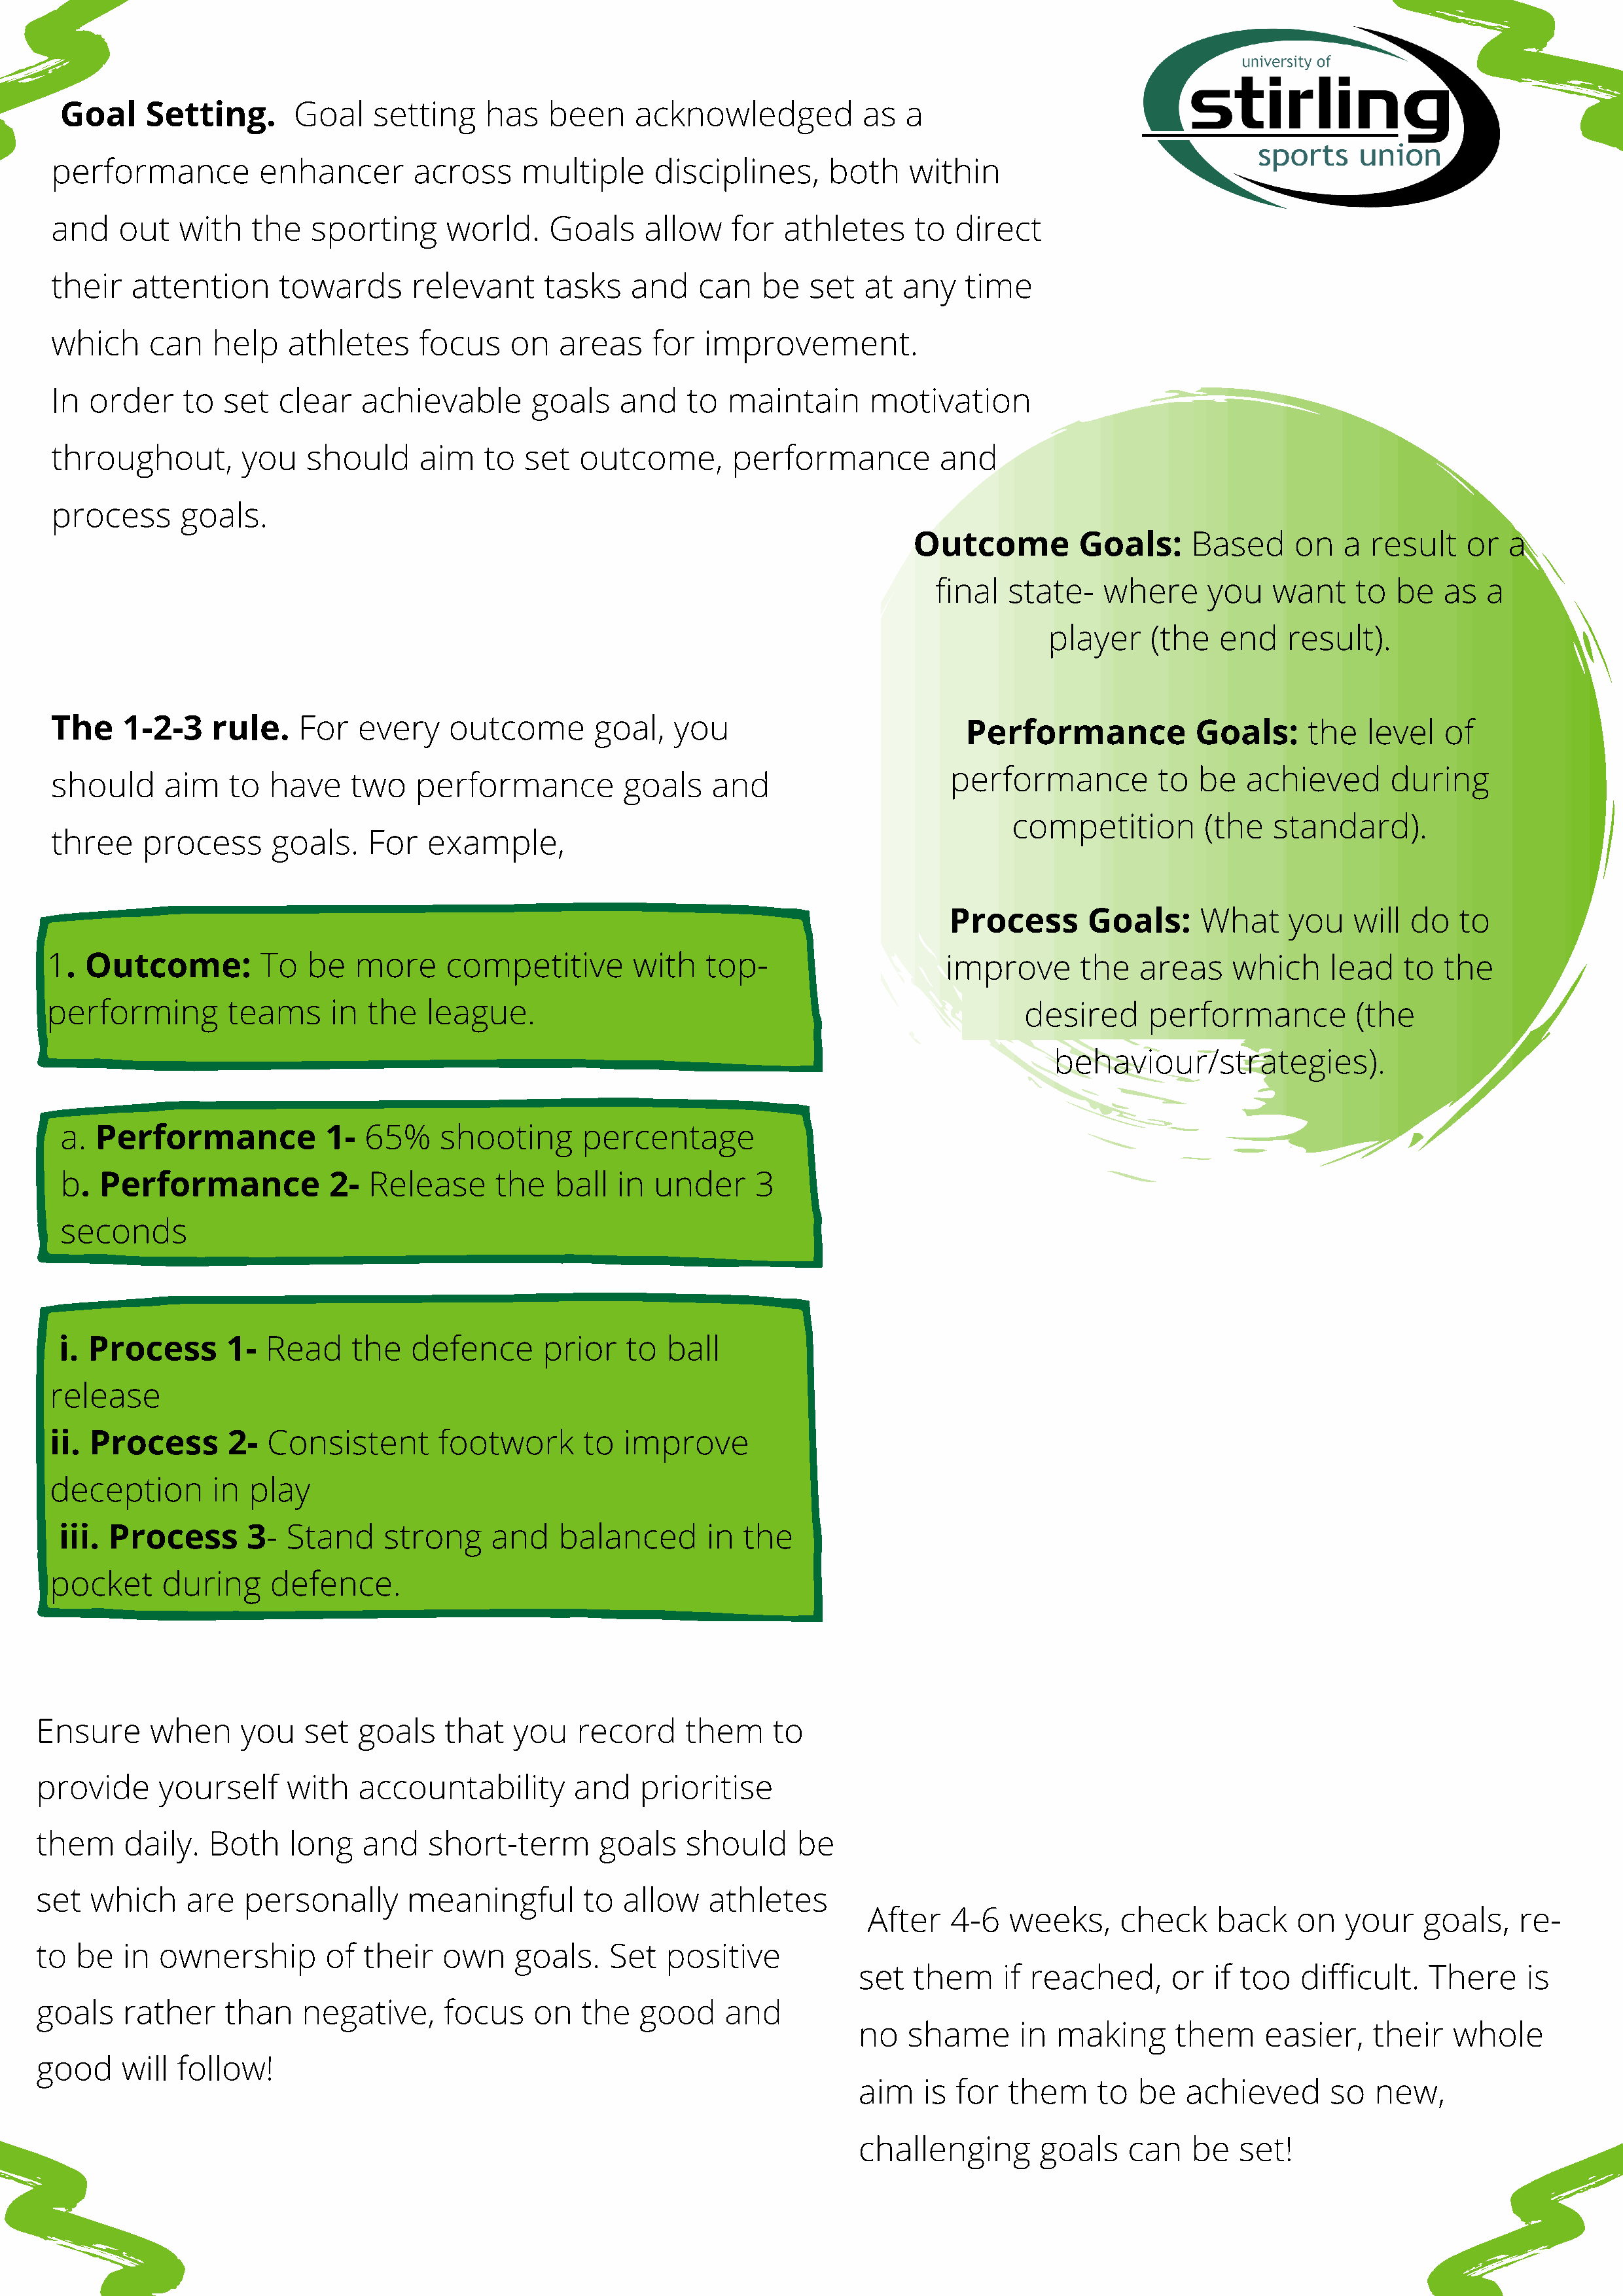
Goal     Setting.       Goal    setting    has   been     acknowledged           as   a
 performance          enhancer        across     multiple     disciplines,      both    within
 and    out   with   the   sporting      world.     Goals    allow    for  athletes     to   direct
 their   attention      towards       relevant     tasks    and    can   be   set  at  any    time
 which     can   help    athletes     focus     on   areas    for  improvement.
 In  order     to  set  clear    achievable       goals    and   to   maintain      motivation
 throughout,        you    should     aim    to  set   outcome,       performance          and
 process      goals.
 Outcome          Goals:     Based      on   a  result   or   a
 final  state-    where     you    want    to  be   as  a
 player    (the   end    result).
 The    1-2-3    rule.    For   every    outcome        goal,   you
 Performance            Goals:     the   level   of
 performance          to  be   achieved       during
 should      aim   to  have    two    performance          goals    and
 competition         (the   standard).
 three    process      goals.    For   example,
 Process       Goals:     What     you    will  do   to
 1.  Outcome:         To   be   more     competitive        with   top-                     improve      the   areas     which     lead   to  the
 performing        teams     in  the   league.                                                      desired     performance          (the
 behaviour/strategies).
 a.  Performance            1-  65%    shooting       percentage
 b.  Performance            2-  Release      the   ball  in  under     3
 seconds
 i. Process       1-  Read     the   defence      prior   to  ball
 release
 ii. Process       2-  Consistent       footwork       to  improve
 deception       in  play
 iii. Process       3-  Stand     strong     and   balanced       in  the
 pocket     during     defence.
 Ensure     when     you    set  goals    that   you   record     them     to
 provide     yourself     with   accountability        and    prioritise
 them     daily.  Both    long    and   short-term        goals   should      be
 set  which     are   personally      meaningful        to  allow    athletes
 After   4-6   weeks,     check     back    on   your    goals,    re-
 to  be  in  ownership        of  their   own    goals.    Set  positive
 set  them     if reached,      or   if too   difficult.   There    is
 goals   rather     than    negative,     focus    on   the   good    and
 no   shame      in  making      them     easier,    their   whole
 good    will  follow!
 aim   is  for  them     to  be   achieved      so   new,
 challenging       goals    can   be   set!